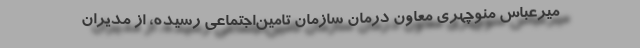
میرعباس منوچهری معاون درمان سازمان تامین‌اجتماعی رسیده، از مدیران